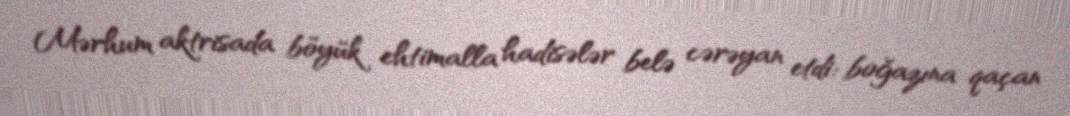
Mərhum aktrisada böyük ehtimalla hadisələr belə cərəyan etdi: boğazına qaçan